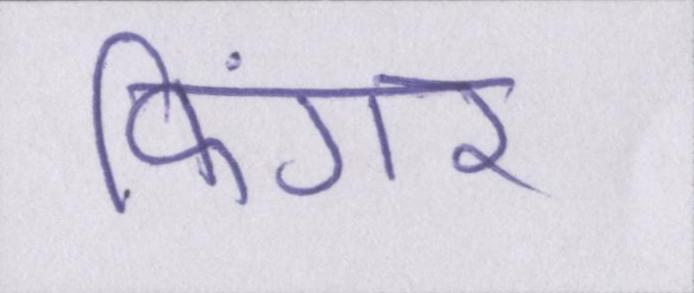
फिंगर